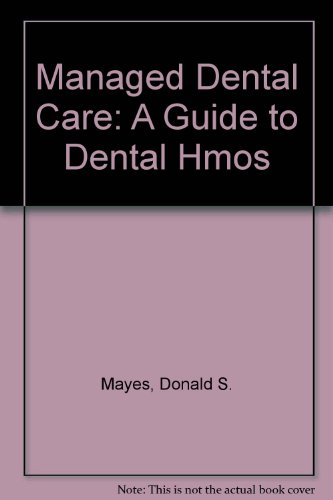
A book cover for Managed Dental Care: A Guide to Dental Hmos; Donald S. Mayes; Medical Books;